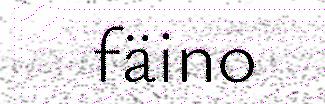
fäino